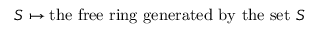
S \mapsto { \mathrm { t h e ~ f r e e ~ r i n g ~ g e n e r a t e d ~ b y ~ t h e ~ s e t ~ } } S